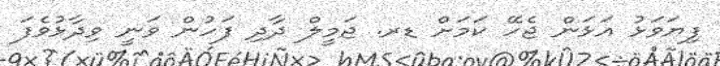
ފިޔަވަޅު އަޅަން ޖެހޭ ކަމަށް ޑރ. ޖަމީލް ދާދި ފަހުން ވަނީ ވިދާޅުވެފަ